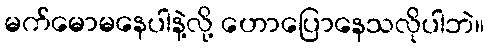
မက်မောမနေပါနဲ့လို့ ဟောပြောနေသလိုပါဘဲ။